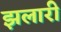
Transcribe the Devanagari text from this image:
झलारी